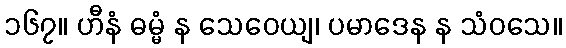
၁၆၇။ ဟီနံ ဓမ္မံ န သေဝေယျ၊ ပမာဒေန န သံဝသေ။